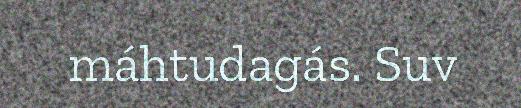
máhtudagás. Suv